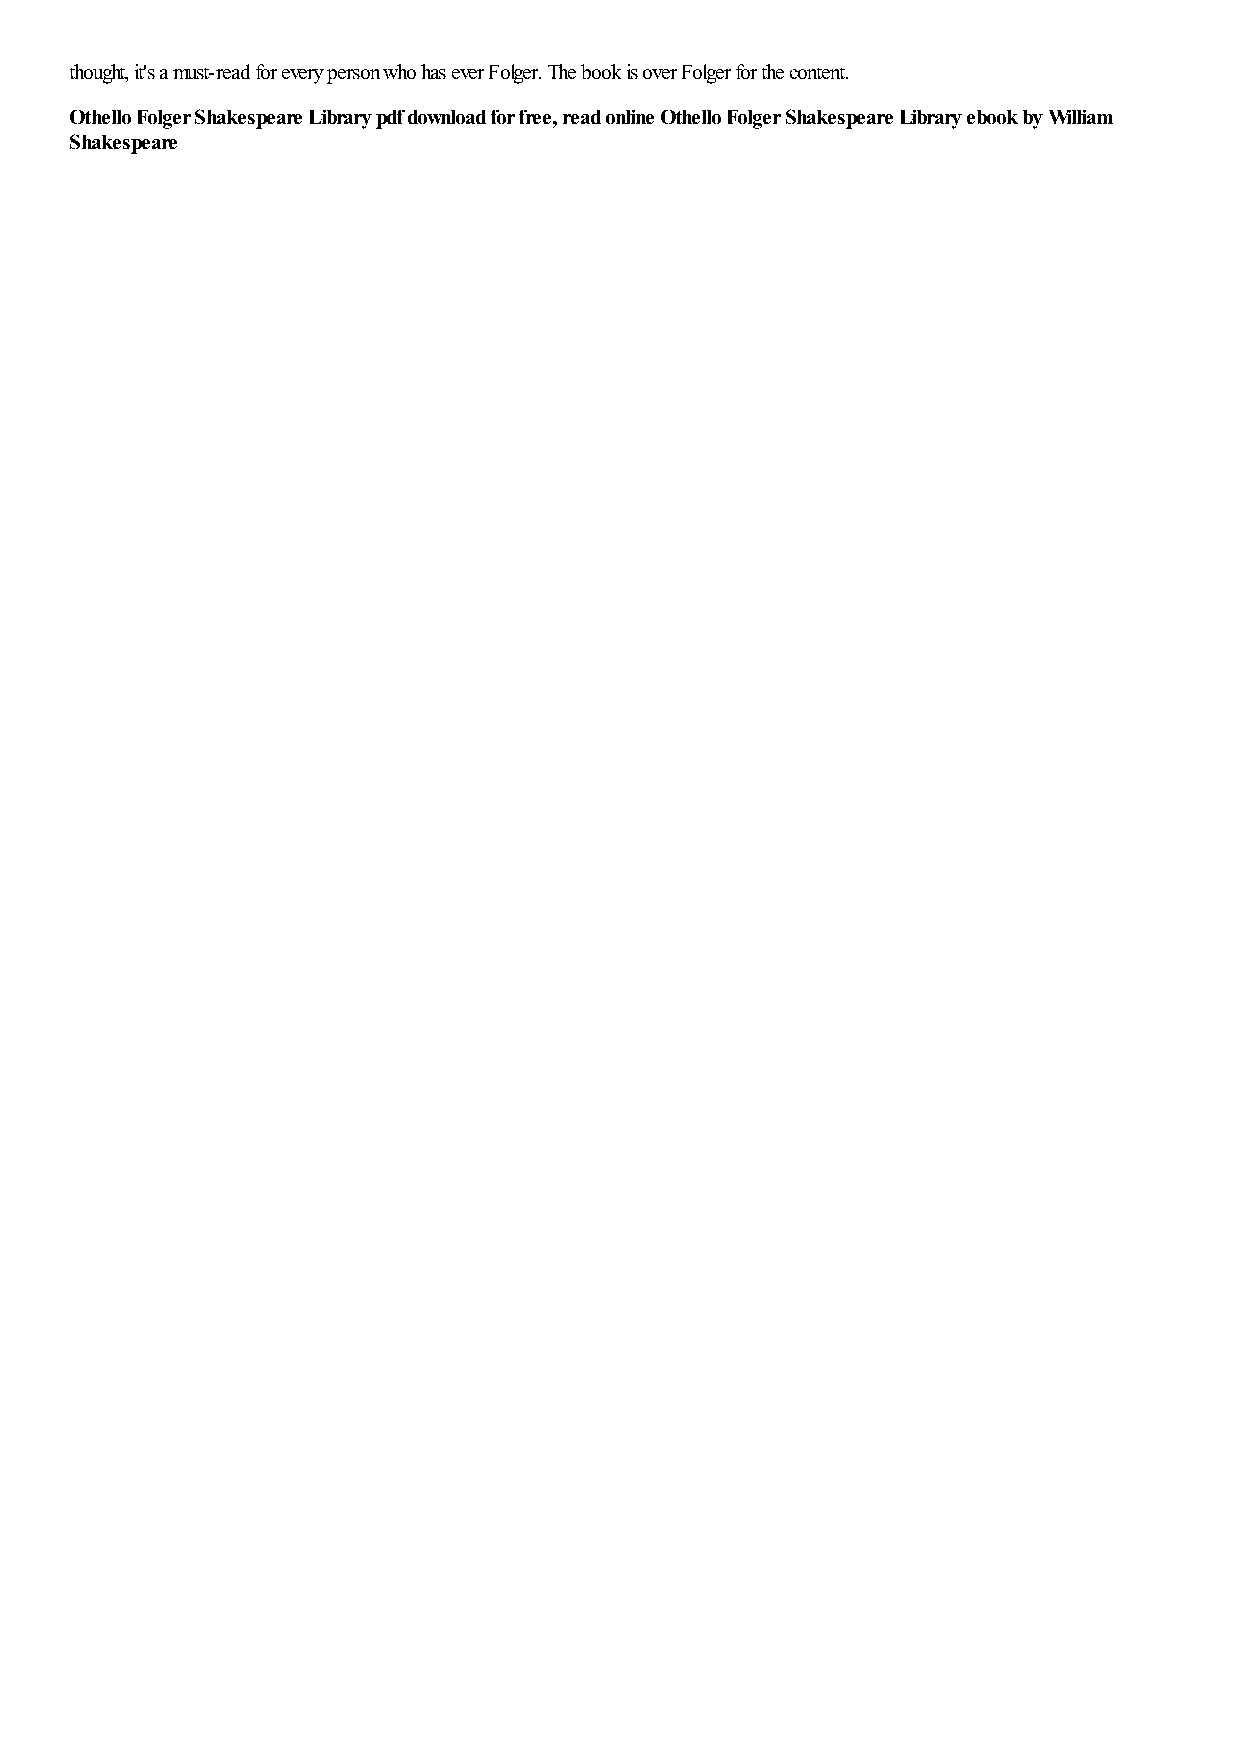
thought, it's a must-read for every person who has ever Folger. The book is over Folger for the content.
 Othello Folger Shakespeare Library pdf download for free, read online Othello Folger Shakespeare Library ebook by William
 Shakespeare